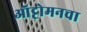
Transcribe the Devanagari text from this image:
ऑट्टोमनचा